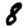
Digit: 8